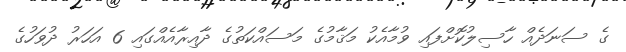
ގެ ސަނަދެއް ހާސިލުކޮށްފައި ވުމާއެކު މަޤާމުގެ މަސައްކަތުގެ ދާއިރާއެއްގައި 6 އަހަރު ދުވަހުގެ